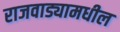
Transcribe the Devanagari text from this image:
राजवाड्यामधील